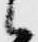
候